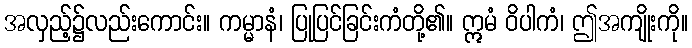
အလှည့်၌လည်းကောင်း။ ကမ္မာနံ၊ ပြုပြင်ခြင်းကံတို့၏။ ဣမံ ဝိပါကံ၊ ဤအကျိုးကို။